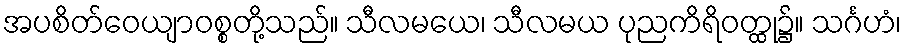
အပစိတ်ဝေယျာဝစ္စတို့သည်။ သီလမယေ၊ သီလမယ ပုညကိရိဝတ္ထု၌။ သင်္ဂဟံ၊